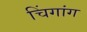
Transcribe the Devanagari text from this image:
चिंगांग